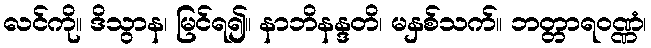
လင်ကို။ ဒိသွာန၊ မြင်ရ၍။ နာဘိနန္ဒတိ၊ မနှစ်သက်။ ဘတ္တာရဝဏ္ဏံ၊